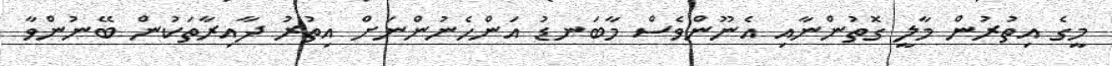
މީގެ އިތުރުން މާލީ ގޮތުންނާއި އެނޫންވެސް މާބަނޑު އަންހެނުންނަށް އިތުރު ދާއިރާތަކުން ބޭނުންވާ